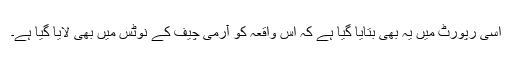
اسی رپورٹ میں یہ بھی بتایا گیا ہے کہ اس واقعہ کو آرمی چیف کے نوٹس میں بھی لایا گیا ہے۔